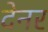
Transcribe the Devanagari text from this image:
देनर